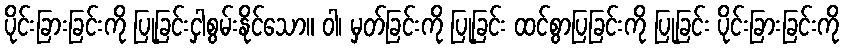
ပိုင်းခြားခြင်းကို ပြုခြင်းငှါစွမ်းနိုင်သော။ ဝါ၊ မှတ်ခြင်းကို ပြုခြင်း ထင်စွာပြခြင်းကို ပြုခြင်း ပိုင်းခြားခြင်းကို